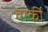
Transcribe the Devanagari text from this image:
वार्की